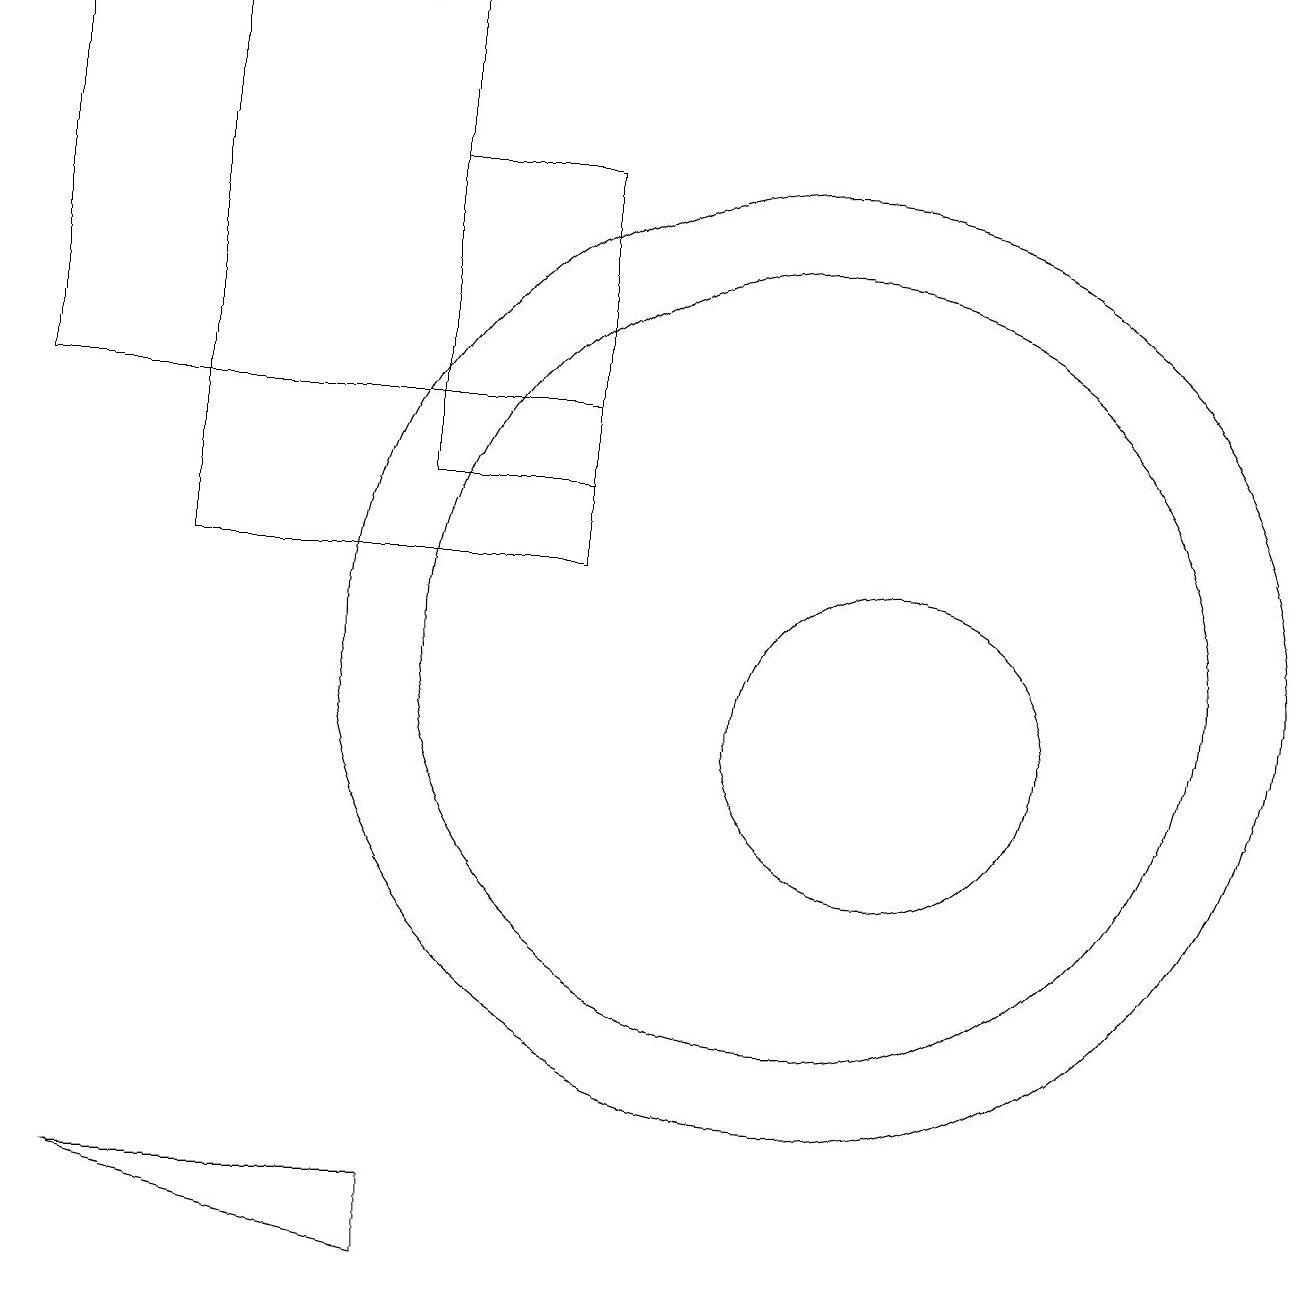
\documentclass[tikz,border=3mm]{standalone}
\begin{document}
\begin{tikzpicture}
\draw (7,17) rectangle (5,13);
\draw (7,14) rectangle (2,12);
\draw (11,10) circle (2);
\draw (5,19) rectangle (0,14);
\draw (5,14) rectangle (2,19);
\draw (10,11) circle (5);
\draw (1,4) -- (5,4) -- (5,3) -- cycle;
\draw (10,11) circle (6);
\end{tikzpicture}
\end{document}